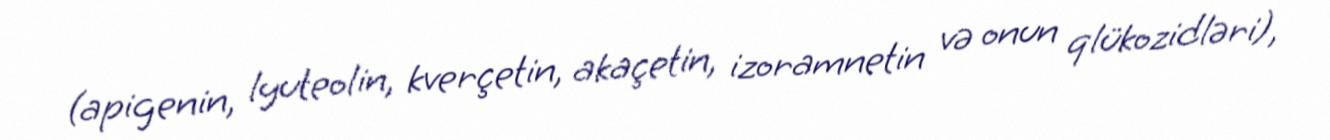
(apigenin, lyuteolin, kverçetin, akaçetin, izoramnetin və onun qlükozidləri),